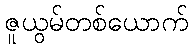
ဇူယွမ်တစ်ယောက်